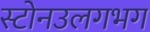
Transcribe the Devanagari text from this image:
स्टोनउलगभग